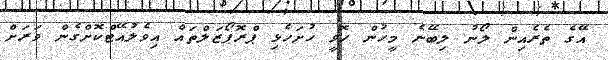
އޭގެ ތެރެއިން ލޯނު ލިބޭނެ މީހުން ހޮވީ ހުށަހެޅި ޕްރޮޕޯޒަލްތައް އިވެލުއޭޓްކޮށްގެން ވަރަށް